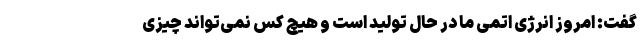
گفت: امروز انرژی اتمی ما در حال تولید است و هیچ کس نمی‌تواند چیزی